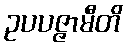
ဥပပဇ္ဇာမီတိ